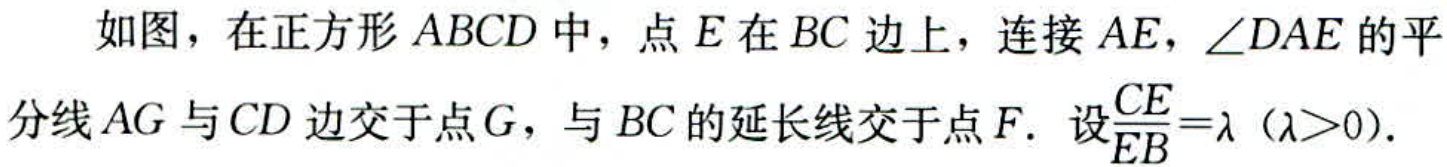
如图，在正方形 \(ABCD\) 中，点 \(E\) 在 \(BC\) 边上，连接 \(AE\)，\(\angle DAE\) 的平分线 \(AG\) 与 \(CD\) 边交于点 \(G\)，与 \(BC\) 的延长线交于点 \(F\). 设\(\frac{CE}{EB}=\lambda\)（\(\lambda > 0\)）.